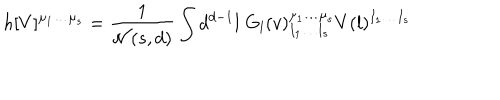
h [ V ] ^ { \mu _ { 1 } \ldots \mu _ { s } } = { \frac { 1 } { { \cal N } ( s , d ) } } \int d ^ { d - 1 } l \; G _ { l } ( v ) _ { I _ { 1 } \ldots I _ { s } } ^ { \mu _ { 1 } \ldots \mu _ { s } } V ( l ) ^ { I _ { 1 } \ldots I _ { s } }